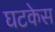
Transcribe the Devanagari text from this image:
घटकेस